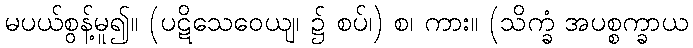
မပယ်စွန့်မူ၍။ (ပဋိသေဝေယျ၊ ၌ စပ်၊) စ၊ ကား။ (သိက္ခံ အပစ္စက္ခာယ